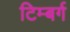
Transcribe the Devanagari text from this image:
टिम्बर्ग